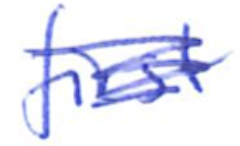
Text: first
Cross-out: scratch
Writing tool: ballpoint